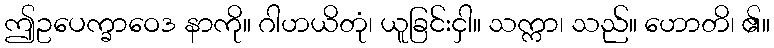
ဤဥပေက္ခာဝေဒ နာကို။ ဂါဟယိတုံ၊ ယူခြင်းငှါ။ သက္ကာ၊ သည်။ ဟောတိ၊ ၏။